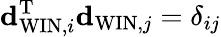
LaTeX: {\mathbf d}_{\mathrm{WIN},i}^{\mathrm{T}}{\mathbf d}_{\mathrm{WIN},j}=\delta_{ij}